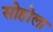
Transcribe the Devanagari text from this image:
सोहोला